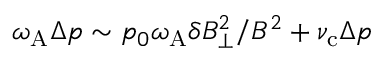
\omega _ { \mathrm { A } } \Delta p \sim p _ { 0 } \omega _ { \mathrm { A } } \delta B _ { \perp } ^ { 2 } / B ^ { 2 } + \nu _ { \mathrm { c } } \Delta p